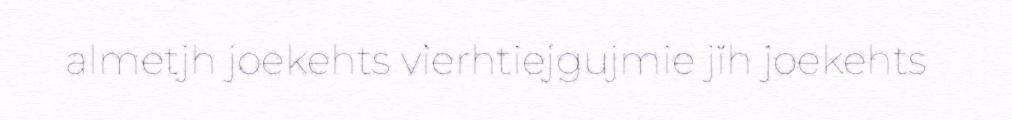
almetjh joekehts vierhtiejgujmie jïh joekehts